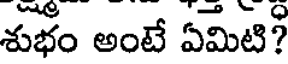
శుభం అంటే ఏమిటి?